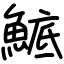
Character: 鯳